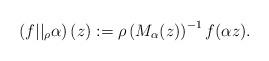
LaTeX: \begin{align*}\left(f||_{\rho}\alpha\right)(z):= \rho\left(M_{\alpha}(z)\right)^{-1}f(\alpha z).\end{align*}